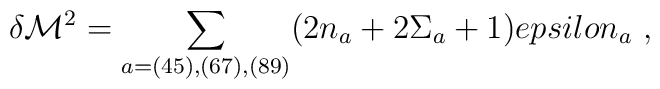
\delta {\cal M}^2 = \sum_{a=(45),(67),(89)}  (2 n_a + 2 \Sigma_a +1)\\epsilon_a \ ,